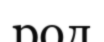
род